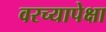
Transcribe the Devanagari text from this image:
वरच्यापेक्षा